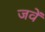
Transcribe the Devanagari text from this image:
जवें